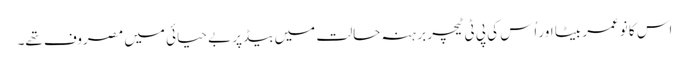
اس کا نوعمر بیٹا اور اُس کی پی ٹی ٹیچر برہنہ حالت میں بیڈ پر بے حیائی میں مصروف تھے۔